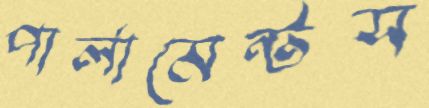
পার্লামেন্টস